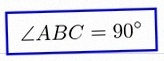
\angle ABC=90^\circ